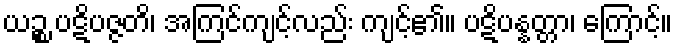
ယဉ္စ ပဋိပဇ္ဇတိ၊ အကြင်ကျင့်လည်း ကျင့်၏။ ပဋိပန္နတ္တာ၊ ကြောင့်။